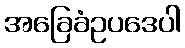
အခြေခံဥပဒေပါ